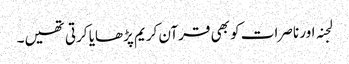
لجنہ اور ناصرات کو بھی قرآن کریم پڑھایا کرتی تھیں۔